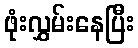
ဖုံးလွှမ်းနေပြီး